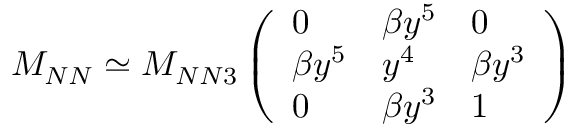
M _ { N N } \simeq M _ { N N 3 } \left( \begin{array} { l l l } { { 0 } } & { { \beta y ^ { 5 } } } & { { 0 } } \\ { { \beta y ^ { 5 } } } & { { y ^ { 4 } } } & { { \beta y ^ { 3 } } } \\ { { 0 } } & { { \beta y ^ { 3 } } } & { { 1 } } \end{array} \right)